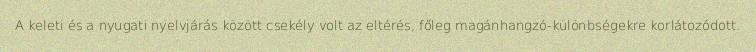
A keleti és a nyugati nyelvjárás között csekély volt az eltérés, főleg magánhangzó-különbségekre korlátozódott.